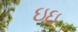
ઇઇ